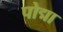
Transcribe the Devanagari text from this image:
पोद्मा